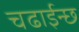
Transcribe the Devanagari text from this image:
चढाईन्छ